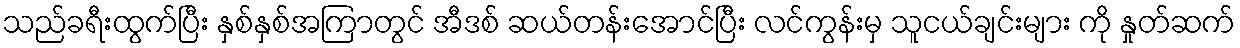
သည်ခရီးထွက်ပြီး နှစ်နှစ်အကြာတွင် အီဒစ် ဆယ်တန်းအောင်ပြီး လင်ကွန်းမှ သူငယ်ချင်းများ ကို နှုတ်ဆက်